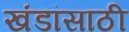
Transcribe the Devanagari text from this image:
खंडांसाठी